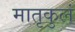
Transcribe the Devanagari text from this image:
मातृकुलं